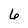
Character: 6